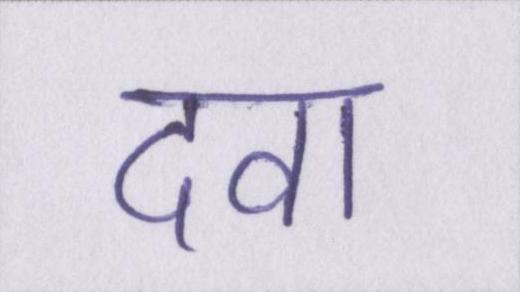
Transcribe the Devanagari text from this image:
दवा